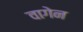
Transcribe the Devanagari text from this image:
वागेन